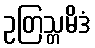
ဥတြသ္တမိဒံ